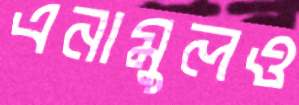
এনামুলও